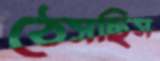
ঠেসছিস